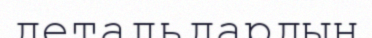
детальдардың